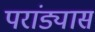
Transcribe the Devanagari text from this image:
परांड्यास